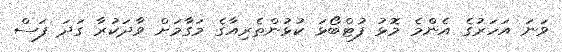
ވަނަ އަހަރުގެ އެންމެ މޮޅު ފުޓްބޯޅަ ކުޅުންތެރިއާގެ މަގާމަށް ވާދަކުރާ ގަދަ ފަސް